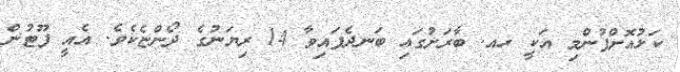
ކަޅުއޮށްފުންމި އަކީ ހއ. ބާރަށުގައި ބަނދެފައިވާ 14 ރިޔަނުގެ ދޯންޏެކެވެ. އެއީ ފޫޓުން